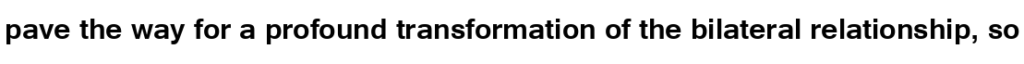
pave the way for a profound transformation of the bilateral relationship, so